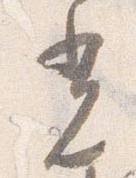
光